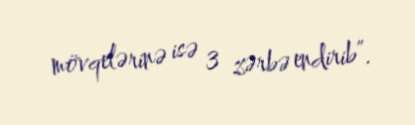
mövqelərinə isə 3 zərbə endirib”.